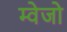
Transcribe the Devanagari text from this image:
म्वेजो